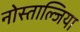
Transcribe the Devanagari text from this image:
नोस्ताल्जिया